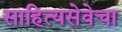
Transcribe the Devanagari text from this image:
साहित्यसेवेचा